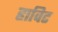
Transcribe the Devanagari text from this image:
हाविट